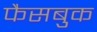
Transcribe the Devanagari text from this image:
फैसबुक